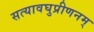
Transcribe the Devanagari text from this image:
सत्यावघुप्रीणनम्